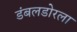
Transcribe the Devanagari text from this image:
डंबलडोरला